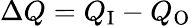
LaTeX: \Delta Q=Q_{\mathrm{I}}-Q_{\mathrm{O}}